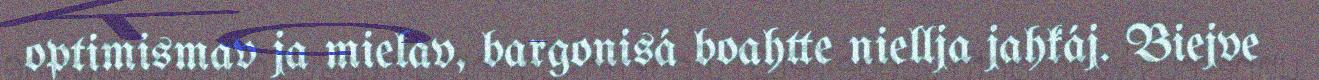
optimismav ja mielav, bargonisá boahtte niellja jahkáj. Biejve